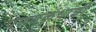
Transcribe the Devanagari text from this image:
प्रणयकथांशी